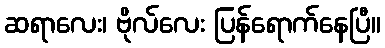
ဆရာလေး၊ ဗိုလ်လေး ပြန်ရောက်နေပြီ။